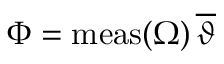
\Phi = \mathrm { m e a s } ( \Omega ) \, \overline { { \vartheta } }